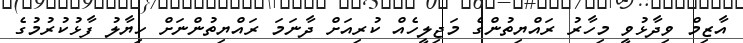
އާޒިމް ވިދާޅުވީ މިހާރު ރައްޔިތުންގެ މަޖިލީހެއް ކުރިއަށް ދާނަމަ ރައްޔިތުންނަށް ހިޔާލު ފާޅުކުރުމުގެ